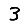
Digit: 3